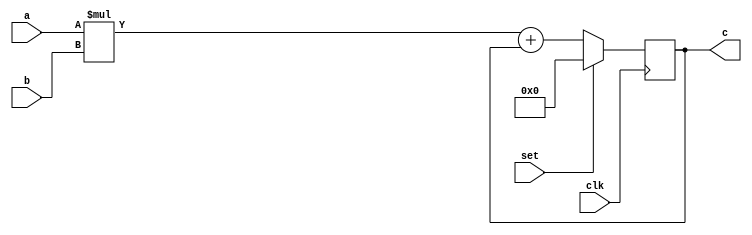
/*
Example from: https://www.latticesemi.com/-/media/LatticeSemi/Documents/UserManuals/EI/iCEcube201701UserGuide.ashx?document_id=52071 [p. 77].
*/
module top(clk,a,b,c,set);
parameter A_WIDTH = 4;
parameter B_WIDTH = 3;
input set;
input clk;
input signed [(A_WIDTH - 1):0] a;
input signed [(B_WIDTH - 1):0] b;
output signed [(A_WIDTH + B_WIDTH - 1):0] c;
reg [(A_WIDTH + B_WIDTH - 1):0] reg_tmp_c;
assign c = reg_tmp_c;
always @(posedge clk)
begin
if(set)
begin
reg_tmp_c <= 0;
end
else
begin
reg_tmp_c <= a * b + c;
end
end
endmodule